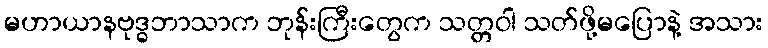
မဟာယာနဗုဒ္ဓဘာသာက ဘုန်းကြီးတွေက သတ္တဝါ သတ်ဖို့မပြောနဲ့ အသား